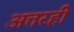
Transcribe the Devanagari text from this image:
अत्तरही